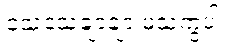
သေသေချာချာ မသဲကွဲပါ။